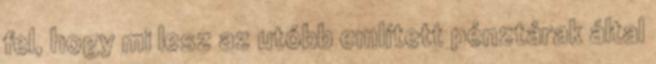
fel, hogy mi lesz az utóbb említett pénztárak által